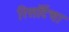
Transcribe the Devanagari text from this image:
रिसॉर्टचा